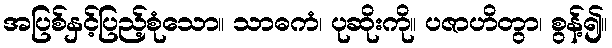
အပြစ်နှင့်ပြည့်စုံသော။ သာဓကံ၊ ပုဆိုးကို။ ပဇာဟိတွာ၊ စွန့်၍။